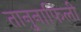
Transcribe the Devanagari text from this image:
तानुनाफिली